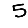
Digit: 5